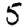
Digit: 5